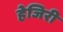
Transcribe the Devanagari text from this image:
हेजिरी